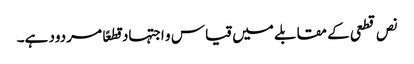
نص قطعی کے مقابلے میں قیاس و اجتہاد قطعًا مردود ہے۔